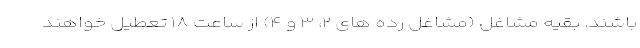
باشند. بقیه مشاغل (مشاغل رده های ۲، ۳ و ۴) از ساعت ۱۸ تعطیل خواهند